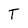
Character: T